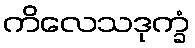
ကိလေသဒုက္ခံ